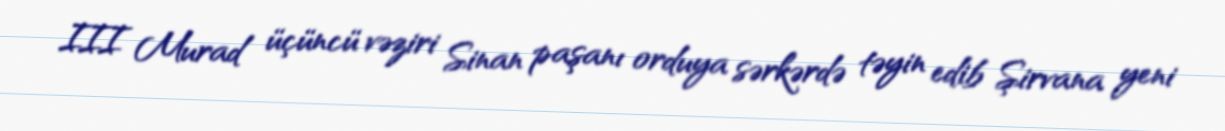
III Murad üçüncü vəziri Sinan paşanı orduya sərkərdə təyin edib Şirvana yeni